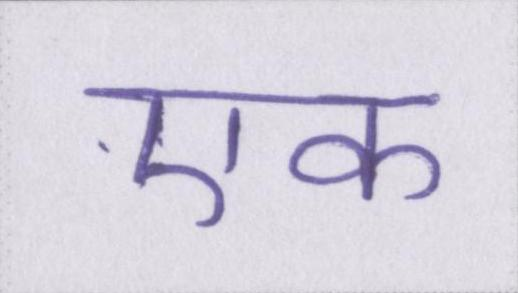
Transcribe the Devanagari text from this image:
एक